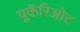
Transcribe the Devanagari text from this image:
यूकॅरिओट